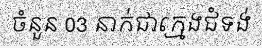
ចំនួន 03 នាក់ជាក្មេងជំទង់